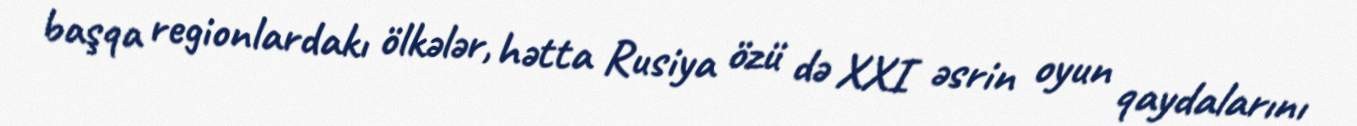
başqa regionlardakı ölkələr, hətta Rusiya özü də XXI əsrin oyun qaydalarını